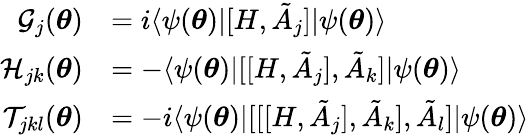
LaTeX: \begin{array}{rl}{\mathcal{G}_{j}({\boldsymbol{\theta}})}&{=i\langle\psi({\boldsymbol{\theta}})|[H,\tilde{A}_{j}]|\psi({\boldsymbol{\theta}})\rangle}\\ {\mathcal{H}_{jk}({\boldsymbol{\theta}})}&{=-\langle\psi({\boldsymbol{\theta}})|[[H,\tilde{A}_{j}],\tilde{A}_{k}]|\psi({\boldsymbol{\theta}})\rangle}\\ {\mathcal{T}_{jkl}({\boldsymbol{\theta}})}&{=-i\langle\psi({\boldsymbol{\theta}})|[[[H,\tilde{A}_{j}],\tilde{A}_{k}],\tilde{A}_{l}]|\psi({\boldsymbol{\theta}})\rangle}\end{array}